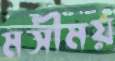
মসীময়